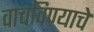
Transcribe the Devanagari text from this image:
वाचविण्याचे